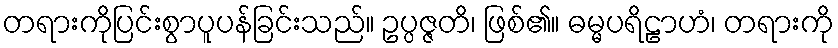
တရားကိုပြင်းစွာပူပန်ခြင်းသည်။ ဥပ္ပဇ္ဇတိ၊ ဖြစ်၏။ ဓမ္မပရိဠာဟံ၊ တရားကို